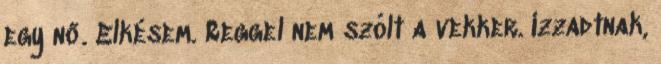
egy nő. Elkésem. Reggel nem szólt a vekker. Izzadtnak,